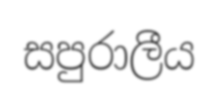
සපුරාලීය